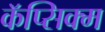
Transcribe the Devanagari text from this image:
कॅप्सिक्म